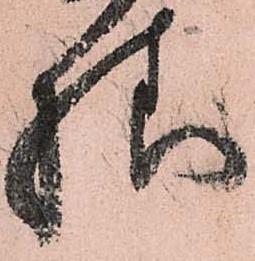
様